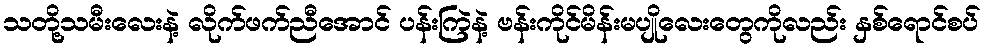
သတို့သမီးလေးနဲ့ လိုက်ဖက်ညီအောင် ပန်းကြဲနဲ့ ဗန်းကိုင်မိန်းမပျိုလေးတွေကိုလည်း နှစ်ရောင်စပ်